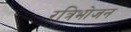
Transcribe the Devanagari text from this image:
रत्रिभोजन